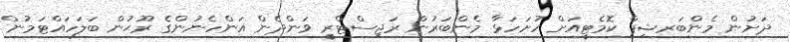
ދަށުން މެންބަރޝިޕް ކޮމެޓީއަށް ހުށަހަޅާ މެންބަރުން ރަޖިސްޓްރީ ވަންދެން އަންހެނުންގެ ރޫޙުން ބަލަހައްޓަމުން